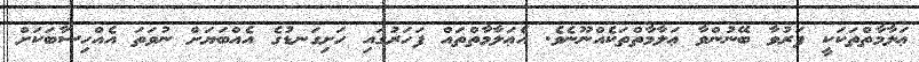
ޢަލާމާތްތަކަކީ ފަރުވާ ބޭނުންވާ ޢަލާމާތްތަކެއްނޫނެވެ. އެޢަލާމާތްތައް ފަހަރުގައި ހަށިގަނޑުގެ އެއްބަޔަށް ނުވަތަ އެއްހިސާބަކަށް